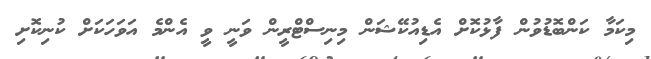
މިކަމާ ކަންބޮޑުވުން ފާޅުކޮށް އެޑިއުކޭޝަން މިނިސްޓްރީން ވަނީ ވީ އެންމެ އަވަހަކަށް ކުނިކޮށި